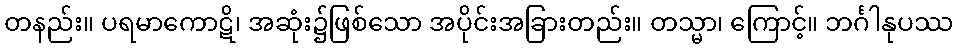
တနည်း။ ပရမာကောဋိ၊ အဆုံး၌ဖြစ်သော အပိုင်းအခြားတည်း။ တသ္မာ၊ ကြောင့်။ ဘင်္ဂါနုပဿ